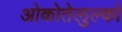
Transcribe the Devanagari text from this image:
ओकोतेलुल्को